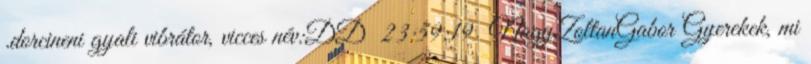
.dorcineni gyali vibrátor, vicces név:DD 23:59:19 NagyZoltanGabor Gyerekek, mi